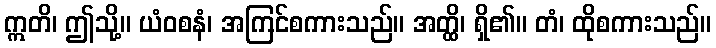
ဣတိ၊ ဤသို့။ ယံဝစနံ၊ အကြင်စကားသည်။ အတ္ထိ၊ ရှိ၏။ တံ၊ ထိုစကားသည်။